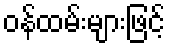
ဝန်ထမ်းများဖြင့်